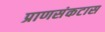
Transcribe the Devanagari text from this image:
प्राणसंकटास